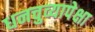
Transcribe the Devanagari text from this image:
धनचुव्यापेक्षा